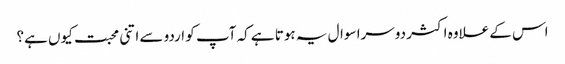
اس کے علاوہ اکثر دوسرا سوال یہ ہوتا ہے کہ آپ کو اردو سے اتنی محبت کیوں ہے؟